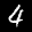
Label: 4